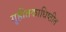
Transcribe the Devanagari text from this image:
गृहीतकाधिष्ठीत